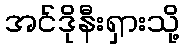
အင်ဒိုနီးရှားသို့